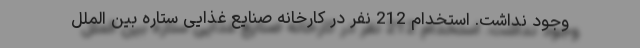
وجود نداشت. استخدام 212 نفر در کارخانه صنایع غذایی ستاره بین الملل